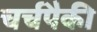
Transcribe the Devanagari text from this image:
चर्चपैकी